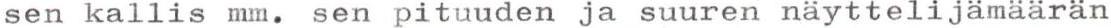
sen kallis mm. sen pituuden ja suuren näyttelijämäärän